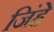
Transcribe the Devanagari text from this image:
जिंहे